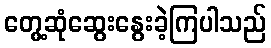
တွေ့ဆုံဆွေးနွေးခဲ့ကြပါသည်